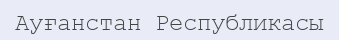
Ауғанстан Республикасы